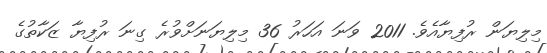
މިލިޔަން ރުފިޔާއެވެ. 2011 ވަނަ އަހަރު 36 މިލިޔަނަށްވުރެ ގިނަ ރުފިޔާ ޒަކާތުގެ